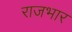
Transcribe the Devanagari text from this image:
राजभार